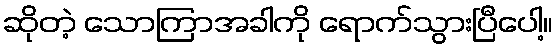
ဆိုတဲ့ သောကြာအခါကို ရောက်သွားပြီပေါ့။